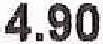
4.90